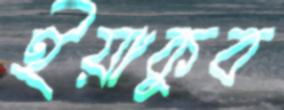
ইয়াকুব